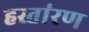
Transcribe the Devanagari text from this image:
हस्तांरण